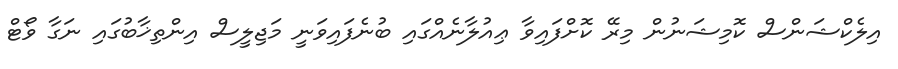
އިލެކްޝަންސް ކޮމިޝަނުން މިރޭ ކޮށްފައިވާ ޢިއުލާނެއްގަައި ބުނެފައިވަނީ މަޖިލީސް އިންތިޚާބުގައި ނަގާ ވޯޓް